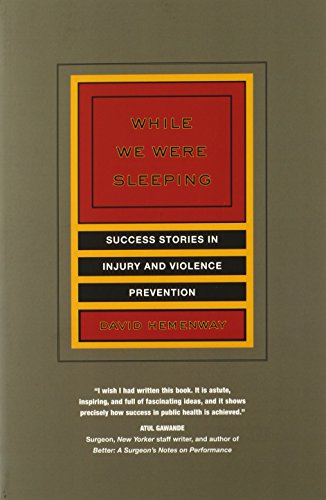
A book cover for While We Were Sleeping: Success Stories in Injury and Violence Prevention; David Hemenway; Health, Fitness & Dieting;